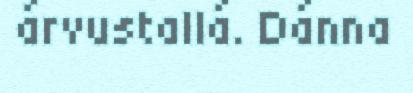
árvustallá. Dánna